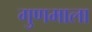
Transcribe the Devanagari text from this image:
गुणमाला